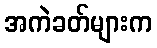
အကဲခတ်များက